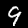
Label: 9